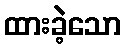
ထားခဲ့သော